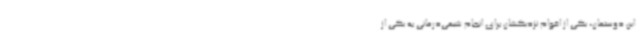
این دوستمان، یکی از اقوام نزدیکشان برای انجام شیمی‌درمانی به یکی از